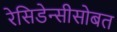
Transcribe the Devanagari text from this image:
रेसिडेन्सीसोबत